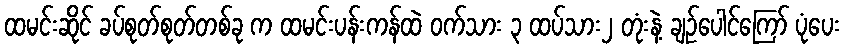
ထမင်းဆိုင် ခပ်စုတ်စုတ်တစ်ခု က ထမင်းပန်းကန်ထဲ ဝက်သား ၃ ထပ်သား၂ တုံးနဲ့ ချဉ်ပေါင်ကြော် ပုံပေး